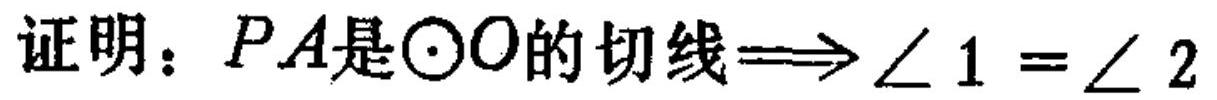
证明：\(PA是\odot O的切线\Longrightarrow\angle 1 = \angle 2\)